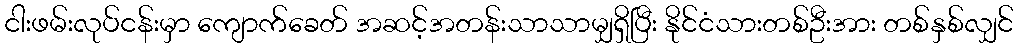
ငါးဖမ်းလုပ်ငန်းမှာ ကျောက်ခေတ် အဆင့်အတန်းသာသာမျှရှိပြီး နိုင်ငံသားတစ်ဦးအား တစ်နှစ်လျှင်